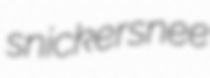
snickersnee